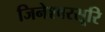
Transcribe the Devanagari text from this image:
जिनेश्वरसूरि